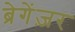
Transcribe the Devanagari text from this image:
ब्रेगेंज़र